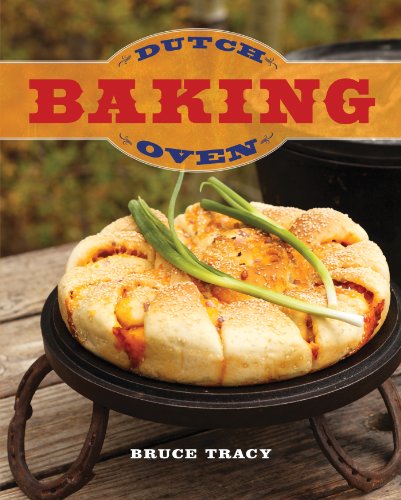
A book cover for Dutch Oven Baking; Bruce Tracy; Cookbooks, Food & Wine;